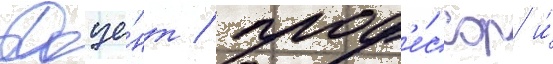
Доце́нт / проф'е́ссор и́